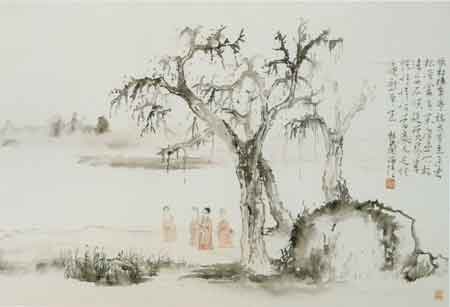
风引龙虎旗，歌钟昔追攀。